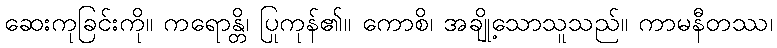
ဆေးကုခြင်းကို။ ကရောန္တိ၊ ပြုကုန်၏။ ကောစိ၊ အချို့သောသူသည်။ ကာမနီတဿ၊